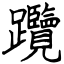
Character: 𨈇